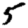
Digit: 5